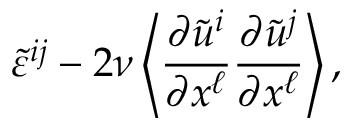
\widetilde { \varepsilon } ^ { i j } - 2 \nu \left\langle { \frac { \partial \tilde { u } ^ { i } } { \partial x ^ { \ell } } \frac { \partial \tilde { u } ^ { j } } { \partial x ^ { \ell } } } \right\rangle ,